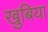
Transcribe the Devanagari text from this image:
खुबिया